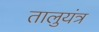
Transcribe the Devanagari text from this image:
तालुयंत्र